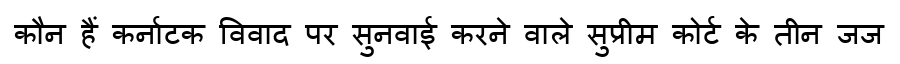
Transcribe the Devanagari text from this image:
कौन हैं कर्नाटक विवाद पर सुनवाई करने वाले सुप्रीम कोर्ट के तीन जज